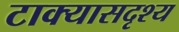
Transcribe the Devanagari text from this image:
टाक्यासदृश्य